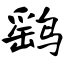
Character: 鹞